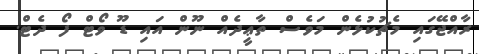
ރާއްޖޭގައި މެޗުކުޅެން މަވެސް ތާޢީދެއް ނޫން އައި ޑޫ ވޯޓް ފޯ ދެޓް.